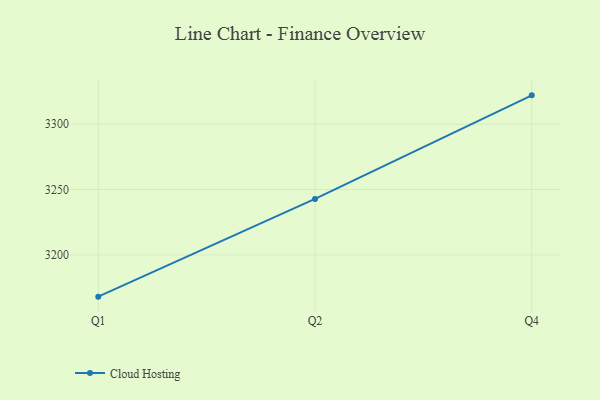
{"axis": {"x": "Quarter", "y": "Budget (USD K)"}, "legend": ["Cloud Hosting"], "data": [{"x": "Q1", "y": 3168.1, "type": "Cloud Hosting"}, {"x": "Q2", "y": 3242.8, "type": "Cloud Hosting"}, {"x": "Q4", "y": 3322.0, "type": "Cloud Hosting"}]}